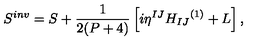
S ^ { i n v } = S + \frac { 1 } { 2 ( P + 4 ) } \left[ i { \eta } ^ { I J } { H _ { I J } } ^ { ( 1 ) } + L \right] ,